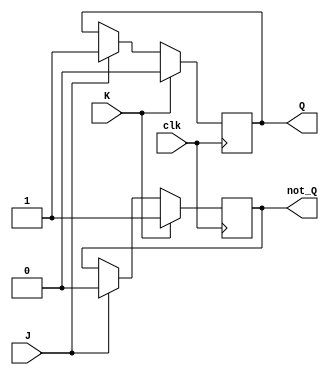
module jk_flip_flop (
    input J,
    input K,
    input clk,
    output reg Q,
    output reg not_Q
);

reg master, slave;

always @(posedge clk) begin
    master <= J & Q;
    slave <= master;
end

always @(negedge clk) begin
    if(K) begin
        Q <= 0;
        not_Q <= 1;
    end else if(J) begin
        Q <= 1;
        not_Q <= 0;
    end else begin
        Q <= Q;
        not_Q <= not_Q;
    end
end

endmodule